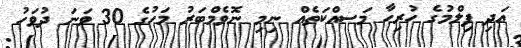
އަދި ފިލްމުގެ ހުރިހާ މަސއްކަތެއް ނިމި ނޮވެމްބަރު މަހުގެ 30 ވަނަ ދުވަހު